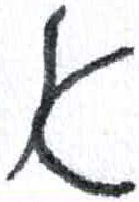
אות: א